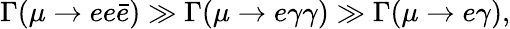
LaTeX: \Gamma(\mu\rightarrow ee\bar{e})\gg\Gamma(\mu\rightarrow e\gamma\gamma)\gg\Gamma(\mu\rightarrow e\gamma),